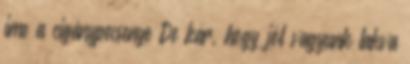
ime a cigánypecsenye De kár, hogy jól vagyunk lakva